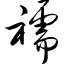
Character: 襦